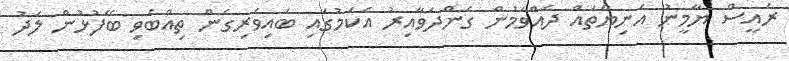
ރައީސް ޔާމީނު އަނިޔާތައް ދެއްވަމުން ގެންދަވާއިރު އެކަމުގައި ބައިވެރިގެން ތިއްބެވި ބޭފުޅުން ލަދު